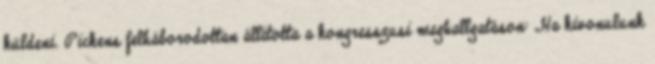
küldeni. Pickens felháborodottan állította a kongresszusi meghallgatáson: „Ha kivonulunk